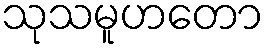
သုသမူဟတော